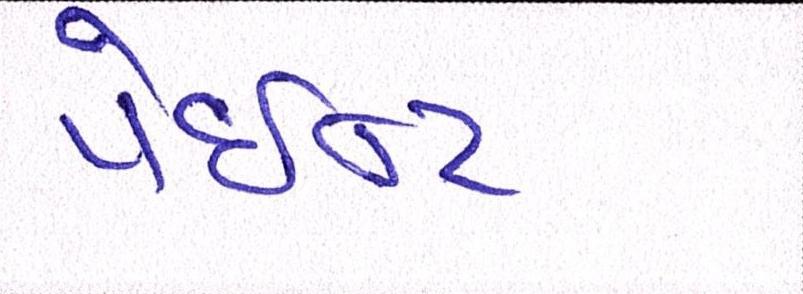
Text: પેઇન્ટ